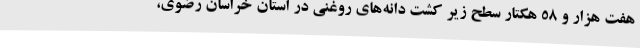
هفت هزار و 58 هکتار سطح زیر کشت دانه‌های روغنی در استان خراسان رضوی،